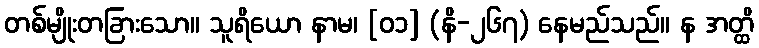
တစ်မျိုးတခြားသော။ သူရိယော နာမ၊ [၀၁] (နိ-၂၆၇) နေမည်သည်။ န အတ္ထိ